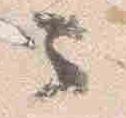
云